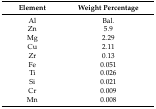
<table><thead><tr><td><b>Element</b></td><td><b>Weight Percentage</b></td></tr></thead><tbody><tr><td>Al</td><td>Bal.</td></tr><tr><td>Zn</td><td>5.9</td></tr><tr><td>Mg</td><td>2.29</td></tr><tr><td>Cu</td><td>2.11</td></tr><tr><td>Zr</td><td>0.13</td></tr><tr><td>Fe</td><td>0.051</td></tr><tr><td>Ti</td><td>0.026</td></tr><tr><td>Si</td><td>0.021</td></tr><tr><td>Cr</td><td>0.009</td></tr><tr><td>Mn</td><td>0.008</td></tr></tbody></table>